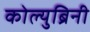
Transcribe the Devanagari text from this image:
कोल्युब्रिनी